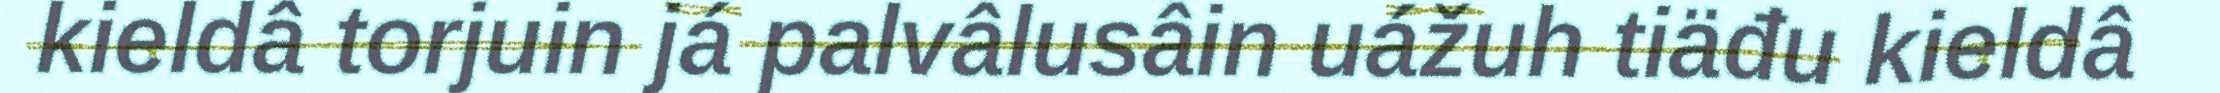
kieldâ torjuin já palvâlusâin uážuh tiäđu kieldâ